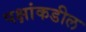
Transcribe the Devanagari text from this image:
पक्षांकडील